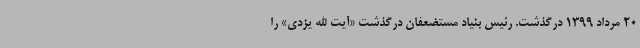
20 مرداد 1399 درگذشت. رئیس بنیاد مستضعفان درگذشت «آیت الله یزدی» را